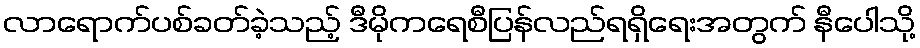
လာရောက်ပစ်ခတ်ခဲ့သည့် ဒီမိုကရေစီပြန်လည်ရရှိရေးအတွက် နီပေါသို့